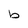
Character: b